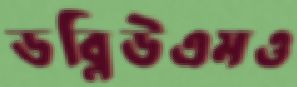
ডব্লিউএমও